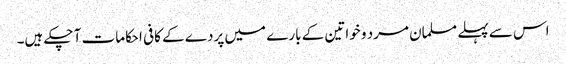
اس سے پہلے مسلمان مرد و خواتین کے بارے میں پردے کے کافی احکامات آ چکے ہیں۔